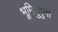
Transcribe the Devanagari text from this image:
भूमिदुंदुभी